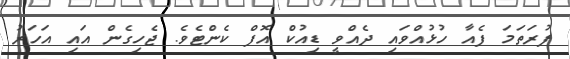
ފުރަތަމަ ފެއާ ހުޅުއްވައި ދެއްވީ ޑިއުކް އޮފް ކެންޓެވެ. ޖެހިގެން އައި އަހަރު